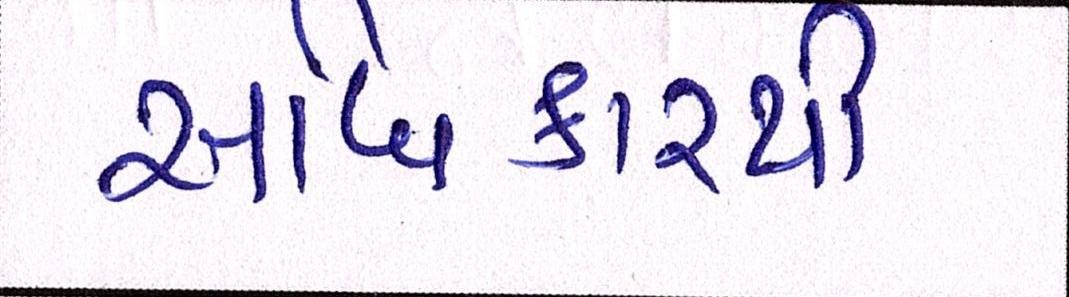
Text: અધિકારથી